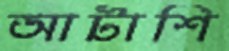
আটাশি